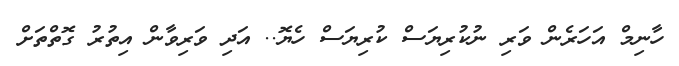
ހާނިމް އަހަރެން ވަރި ނުކުރިޔަސް ކުރިޔަސް ހެޔޮ.. އަދި ވަރިވާން އިތުރު ގޮތްތަށް